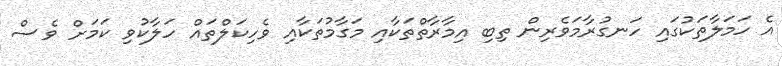
އެ ހަމަލާތަކުގައި ހަނގުރާމަވެރިން ތިބި އިމާރާތްތަކާއި މަގާމުތަކާއި ވެހިކަލްތައް ހަލާކުވި ކަމަށް ވެސް